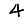
Digit: 4